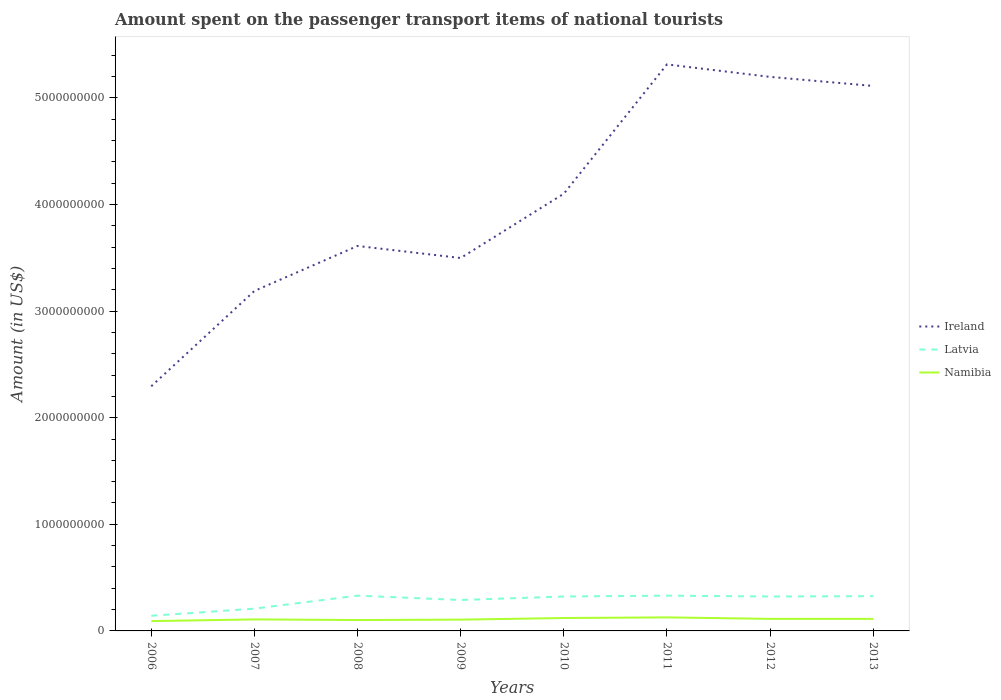
| Years | Ireland | Latvia | Namibia |
 | --- | --- | --- | --- |
 | 2006 | 2.3e+09 | 1.42e+08 | 9.2e+07 |
 | 2007 | 3.19e+09 | 2.09e+08 | 1.08e+08 |
 | 2008 | 3.61e+09 | 3.31e+08 | 1.02e+08 |
 | 2009 | 3.5e+09 | 2.9e+08 | 1.06e+08 |
 | 2010 | 4.1e+09 | 3.23e+08 | 1.21e+08 |
 | 2011 | 5.31e+09 | 3.31e+08 | 1.27e+08 |
 | 2012 | 5.2e+09 | 3.23e+08 | 1.13e+08 |
 | 2013 | 5.11e+09 | 3.26e+08 | 1.13e+08 |